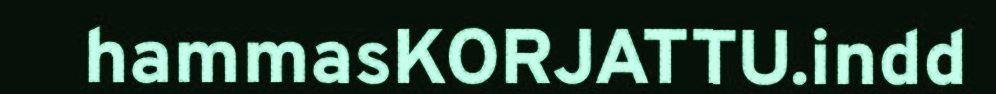
hammasKORJATTU.indd